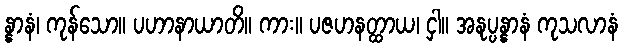
န္နာနံ၊ ကုန်သော။ ပဟာနာယာတိ။ ကား။ ပဇဟနတ္ထာယ၊ ငှါ။ အနုပ္ပန္နာနံ ကုသလာနံ